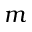
m